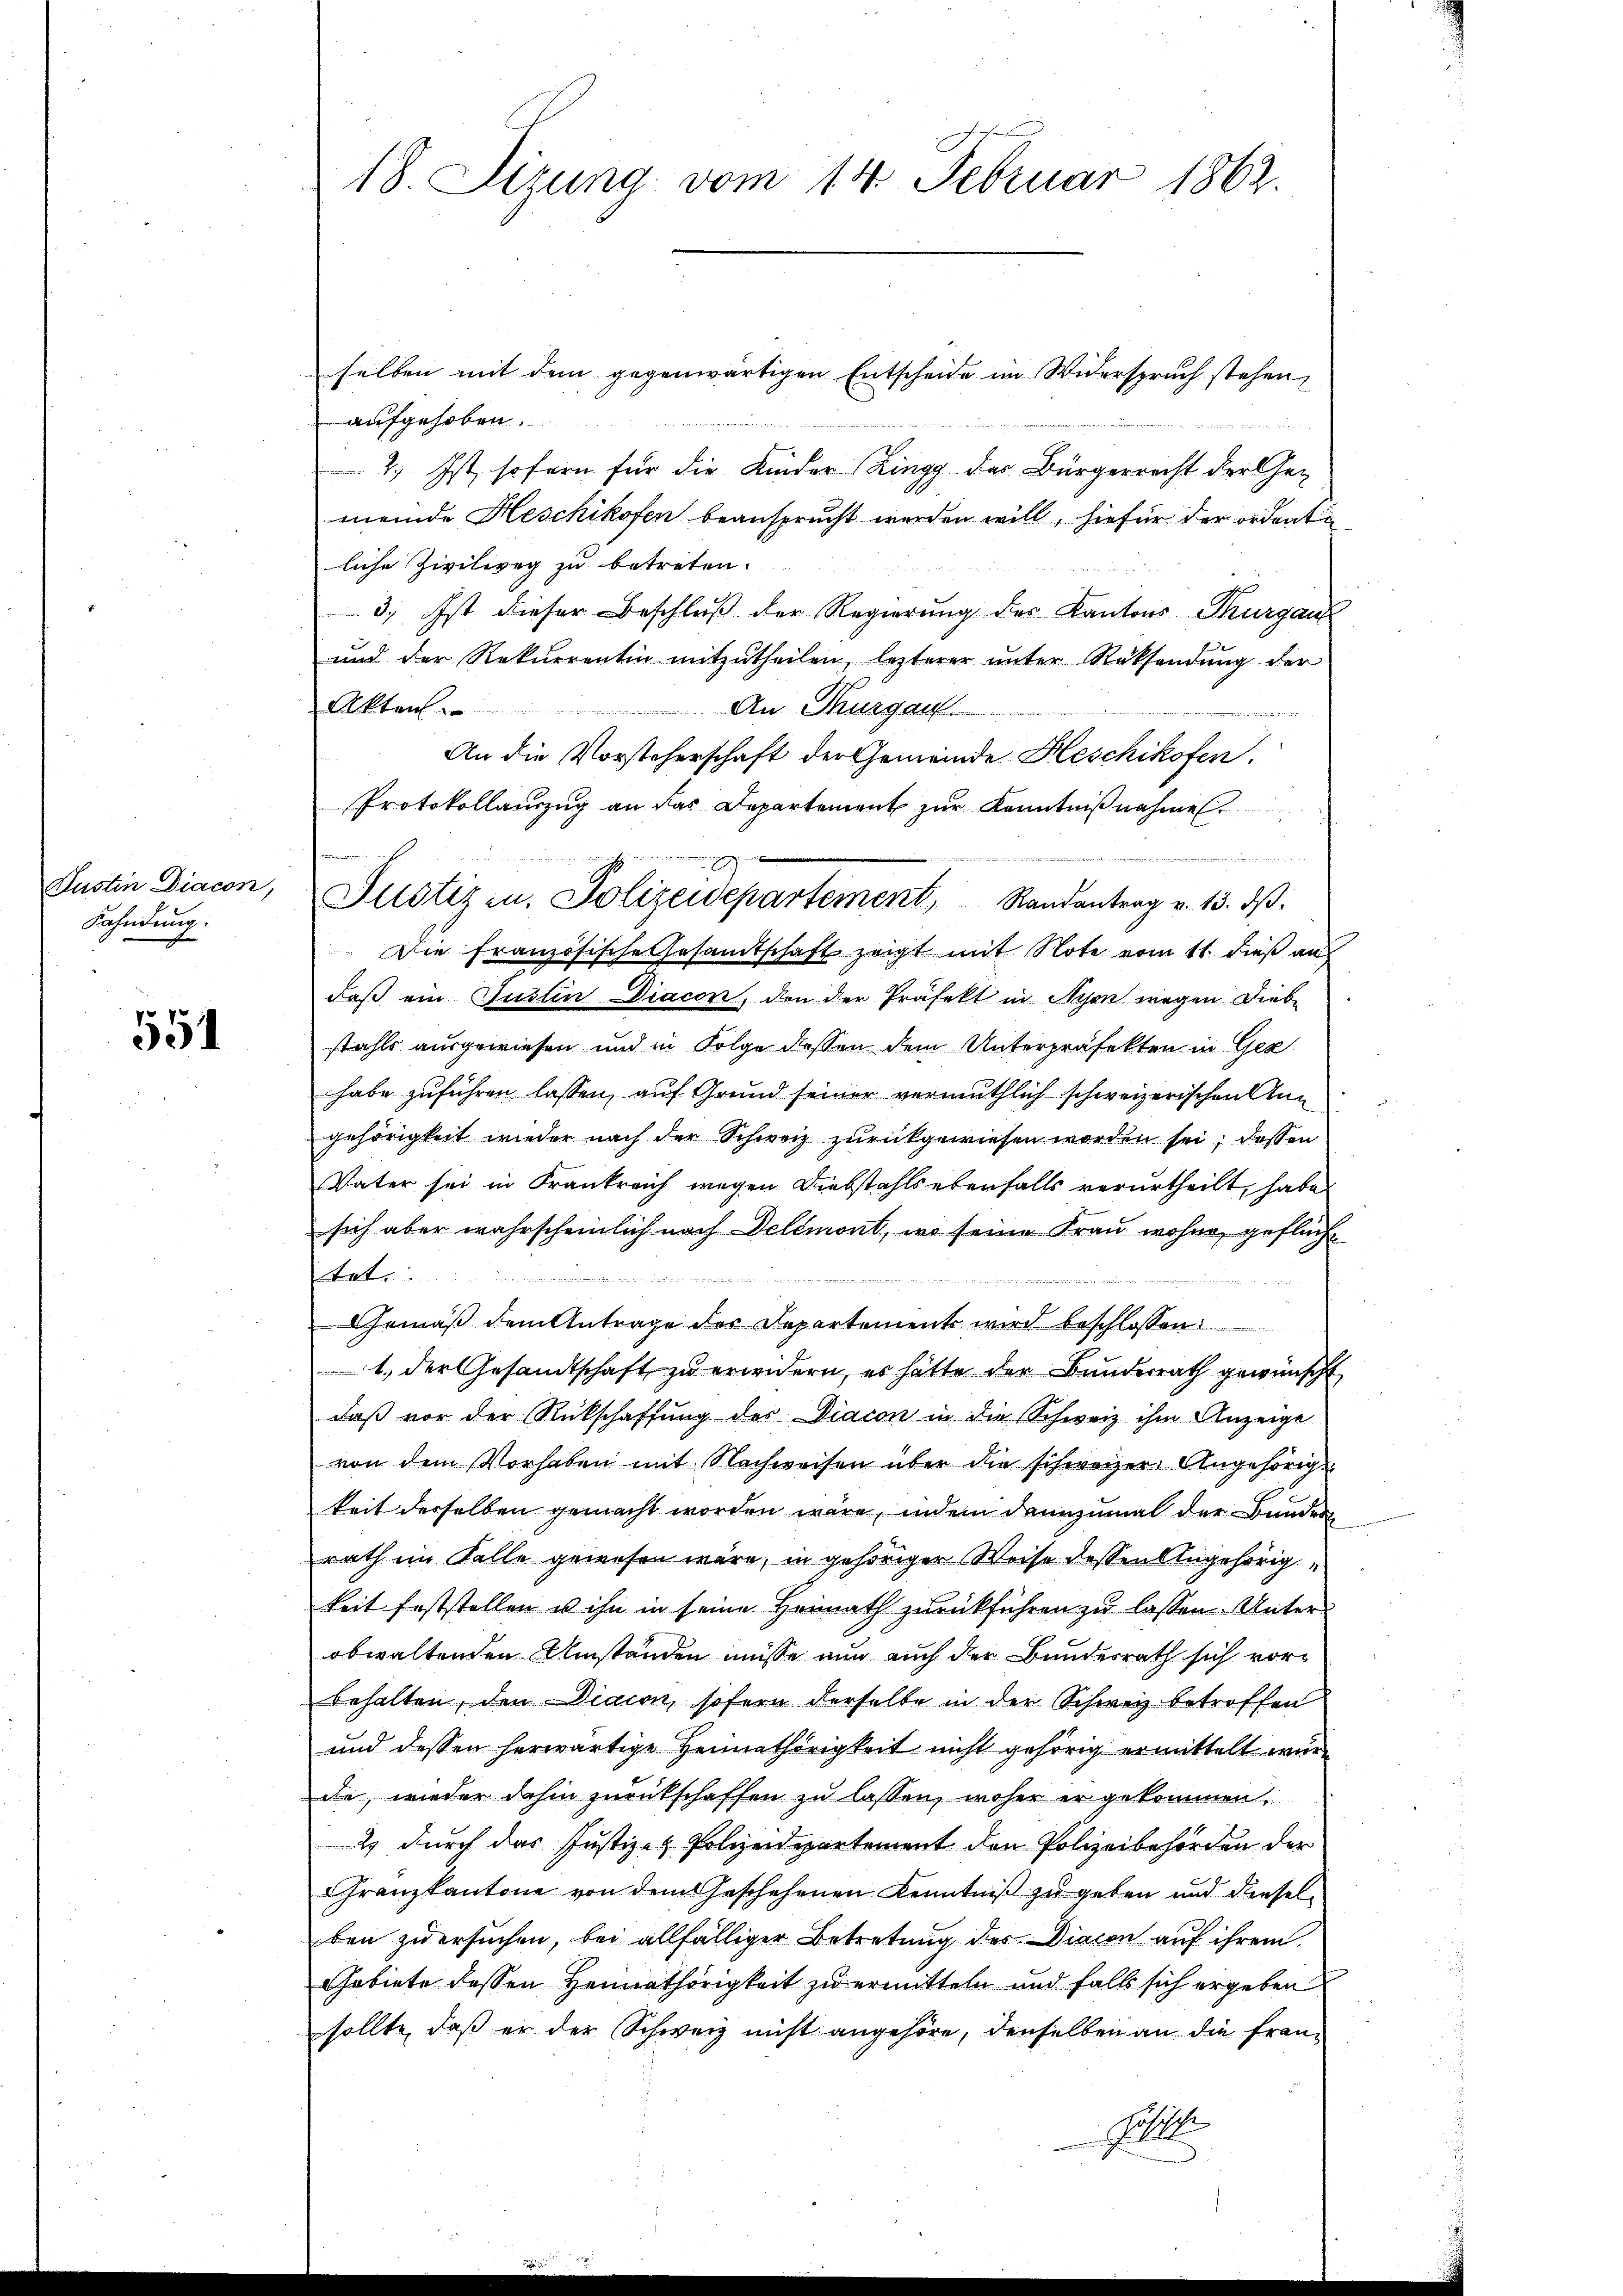
Justin Diacon,
Fahndung.

551

18. Sizung vom 14. Februar 1862.

aufgehoben.
2.) Ist sofern für die Kinder Zingg des Bürgerrecht der Ge-
meinde Heschikofen beansprucht werden will, hiefür der ordnete
liche Zivilweg zu betreten.
3. Ist dieser Beschluß der Regierung des Kantons Thurgaus
und der Rekurrentin mitzŭtheilen, lezterer ŭnter Rücksendŭng der
Akten
An Thurgau.
An die Vorsteherschaft der Gemeinde Heschikofen.
it der
daß ein Justin Diacon, den der Präfekt in Nyon wegen Diebstahls ausgewiesen und in Folge dessen dem Unterpräfekten in Ger
habe zuführen lassen, auf Grund seiner vermuthlich schweizerischen Angehörigkeit wieder nach der Schweiz zurückgewiesen worden sei, dessen
Vater sei in Frankreich wegen Diebstahls ebenfalls verurtheilt, habe
sich aber wahrscheinlich nach Delémont, wo seine Frau wohne geflücht
tet.

Gemäß dem Antrage der Departements wird beschlossen
1. der Gesandtschaft zŭ erwidern, es hätte der Bŭndesrath gewünscht
daß vor der Rückschaffung des Diacon in die Schweiz ihm Anzeige
von dem Vorhaben mit Nachweisen über die schweizer Angehörigkeit derselben gemacht worden wäre, indem dannzumal der Bunder
rath im Falle gewesen wäre, in gehöriger Weise dessen Angehörig
keit feststellen u ihn in seine Heimath zurückführen zu lassen. Unter
obwaltenden Umständen müsse nun auch der Bundesrath sich vorbehalten, den Diacon, sofern derselbe in der Schweiz betroffen
und dessen herwärtige Heimathörigkeit nicht gehörig ermittelt wurd
die, wieder dahin zurückschaffen zu lassen, woher er gekommen,
2 durch das Justiz- & Polizeidepartement den Polizeibehörden der
Franzkantone von dem Geschehenen Kenntniß zu geben und dieselden zu ersuchen, bei allfälliger Betretung des Diacon auf ihrem
Gebiete dessen Heimathörigkeit zu ermitteln und falls sich ergeben
sollte, daß er der Schweiz nicht angehöre, denselben an die fran¬
Sollte

selben mit dem gegenwärtigen Entscheide im Widerspruch stehen,

Protokollauszug an das Departement zur Kenntnißnahmen.

Justiz in Polizeidepartement, Randantrag v. 13. dβ.
 Die Französische Gesamtschaft zeigt mit Note vom 11. dieß an

e